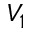
V _ { 1 }